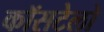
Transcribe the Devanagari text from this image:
कॉसटेलो